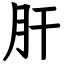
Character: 肝